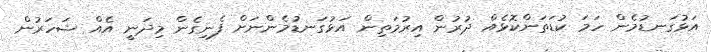
އަޅުގަނޑުމެން ހަމަ ކުޑަތަންކޮޅެއް ދުރުން އިރުމަތިން އަޅުގަނޑުމެންނަށް ފެނިގެން މިދަނީ އެއް ޝަހަރުން